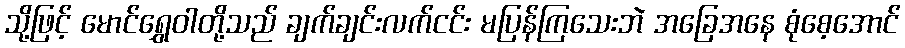
သို့ဖြင့် မောင်ရွှေဝါတို့သည် ချက်ချင်းလက်ငင်း မပြန်ကြသေးဘဲ အခြေအနေ စုံစေ့အောင်